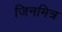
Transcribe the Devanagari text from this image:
जिनमित्र